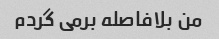
من بلافاصله برمی گردم